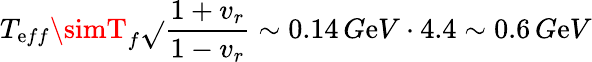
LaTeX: T_{\mathrm{e}ff}\simT_{f}\sqrt{}{{\frac{{1+v_{r}}}{{1-v_{r}}}}}\sim0.14\, G\mathrm{e}V\cdot4.4\sim0.6\, G\mathrm{e}V